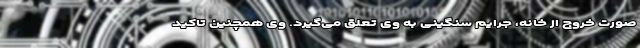
صورت خروج از خانه، جرایم سنگینی به وی تعلق می‌گیرد. وی همچنین تاکید